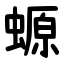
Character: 螈